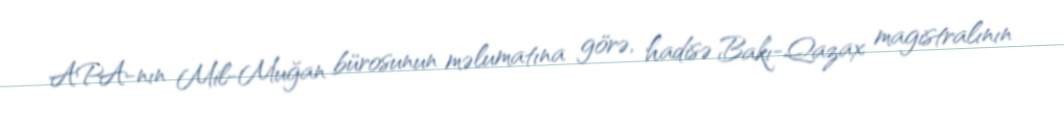
APA-nın Mil-Muğan bürosunun məlumatına görə, hadisə Bakı-Qazax magistralının